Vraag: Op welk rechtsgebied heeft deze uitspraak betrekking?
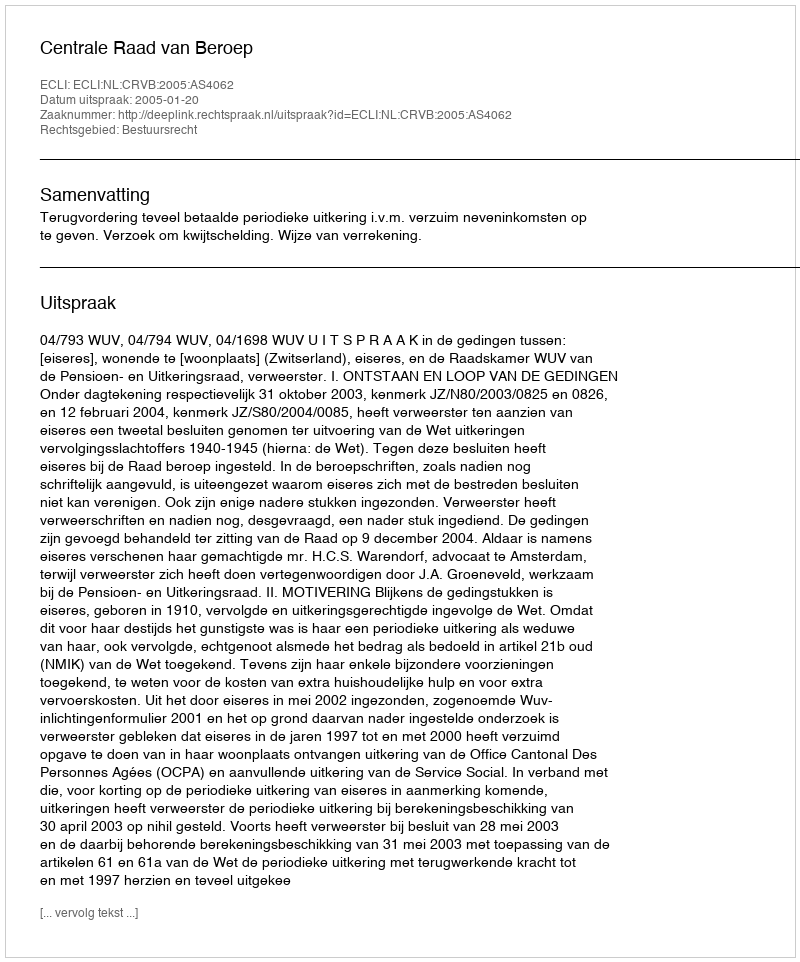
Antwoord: Bestuursrecht